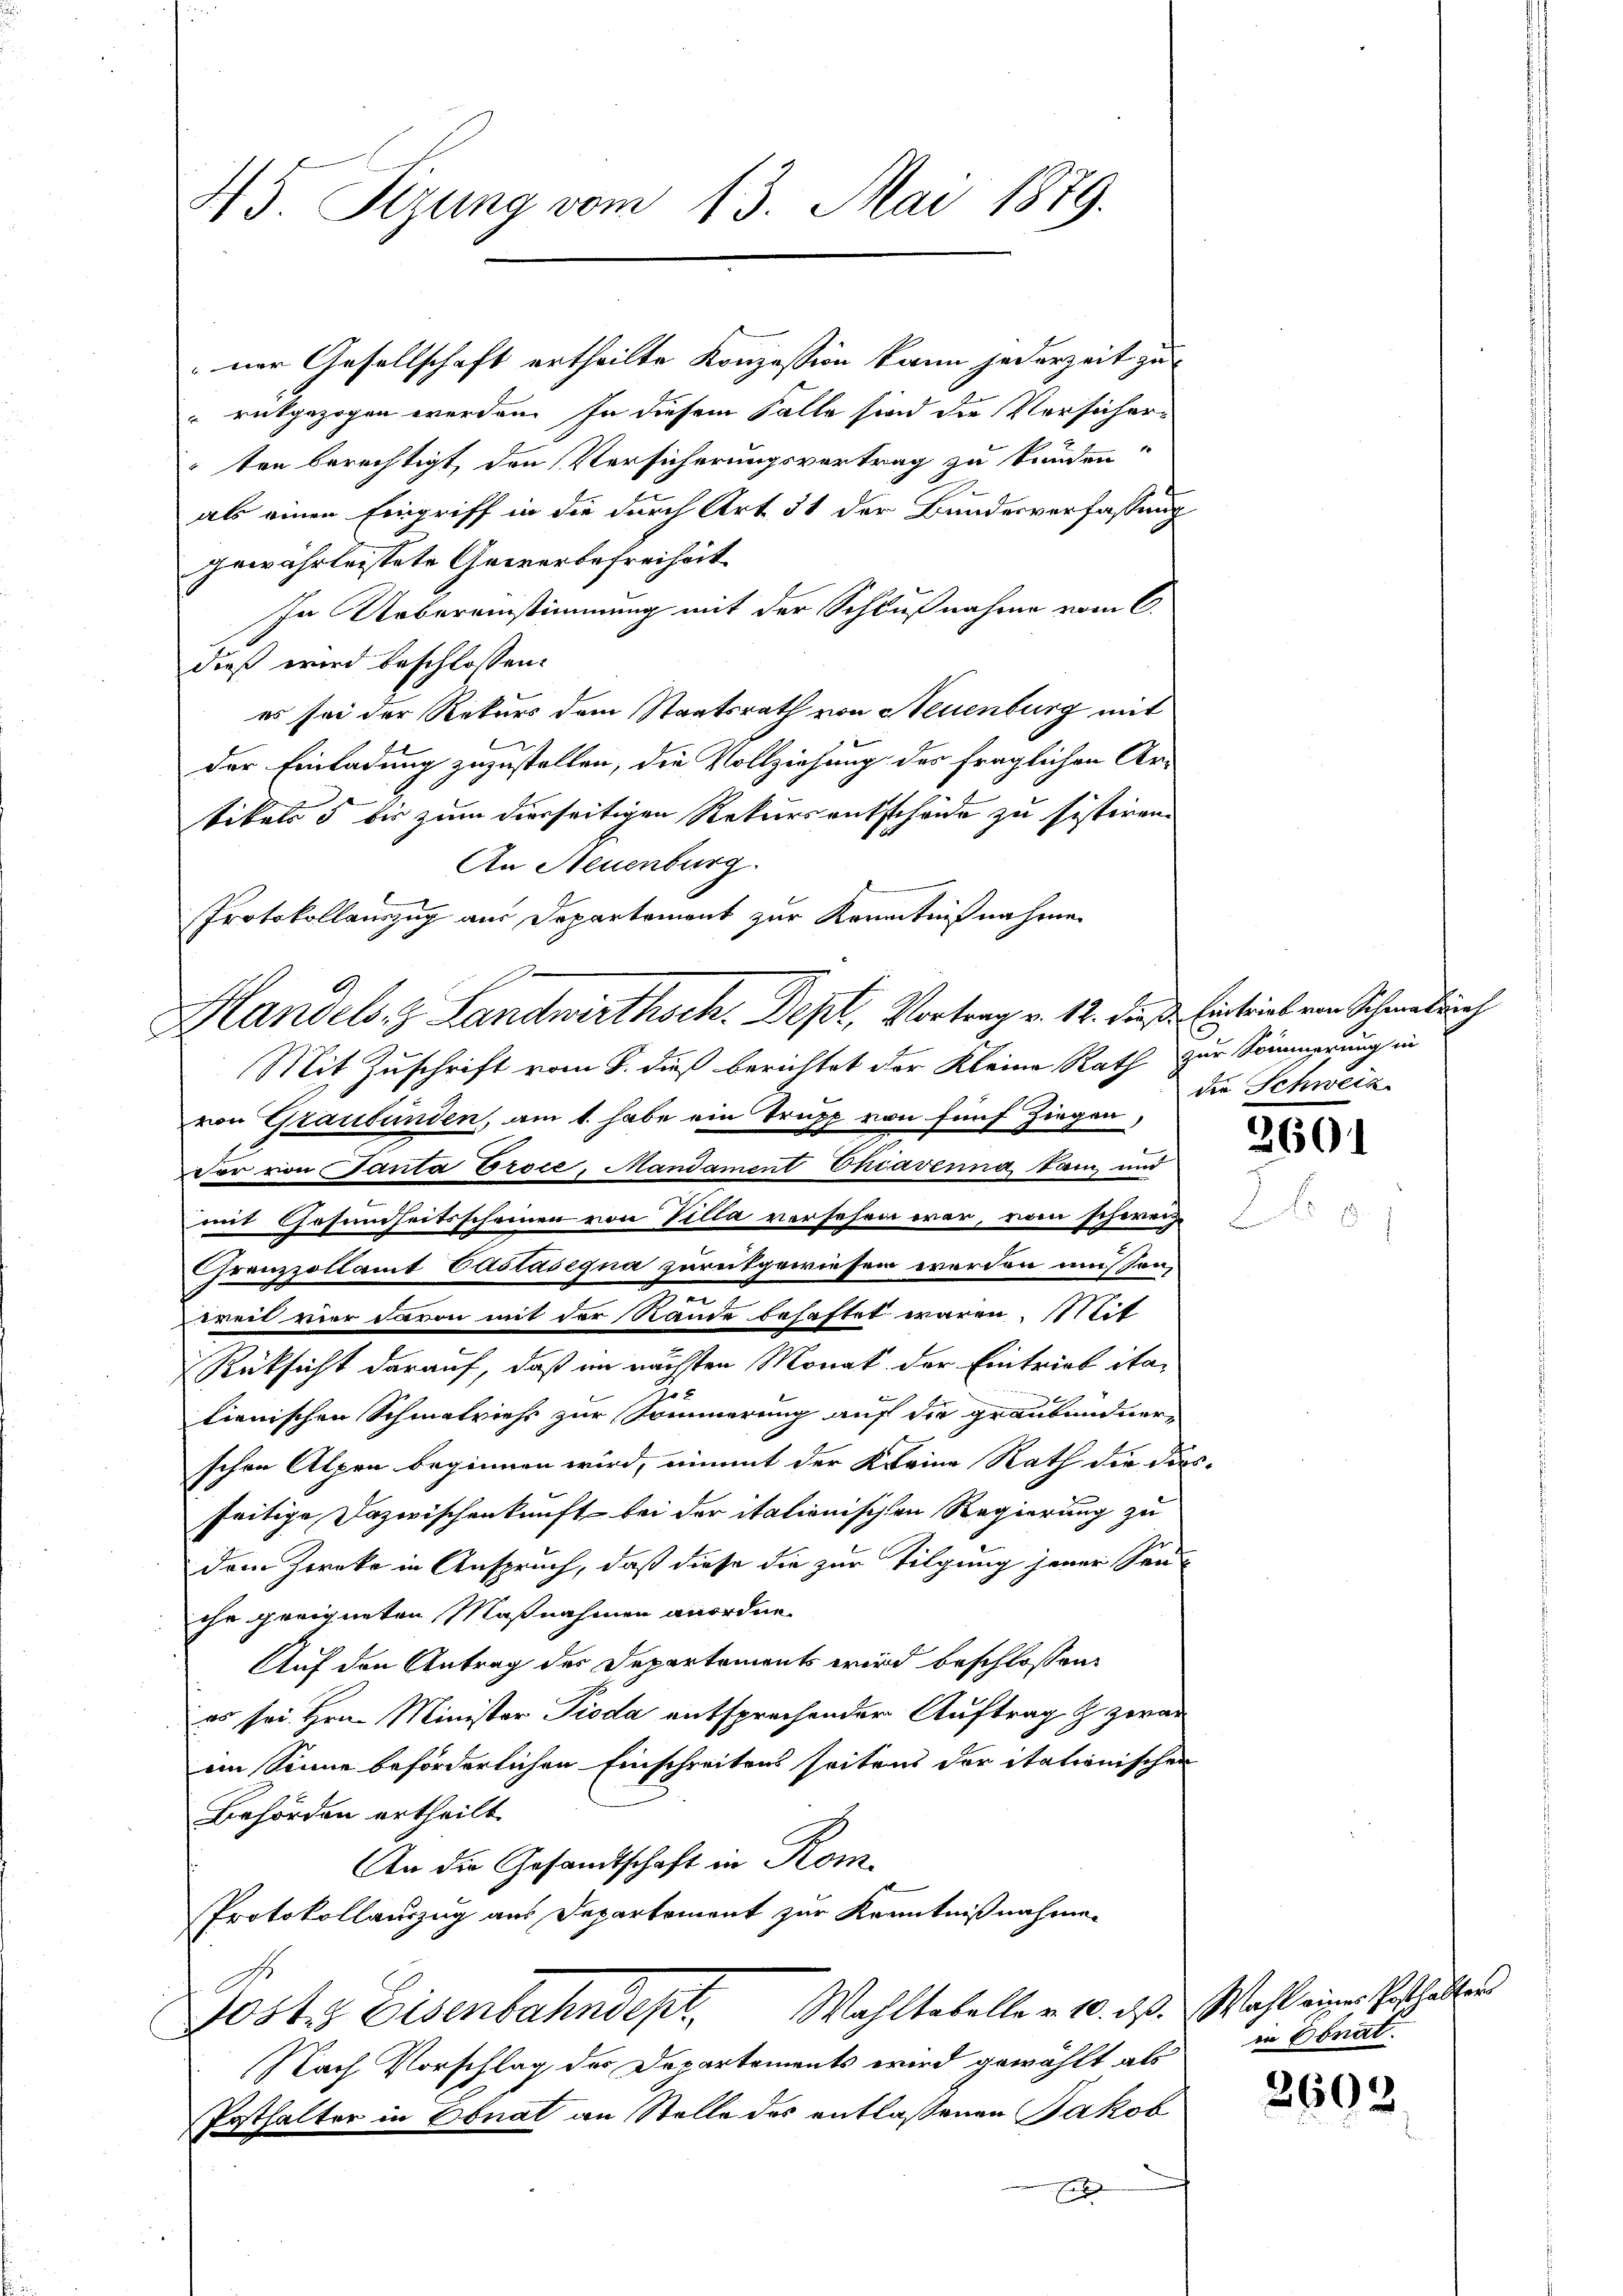
45. Sizung vom 13. Mai 1879.

rückgezogen werden. In diesem Falle sind die Versicherten berechtigt, den Versicherungsvertrag zu kunden.
als einen Eingriff in die durch Art. 51 der Bundesverfassung
gewährleistete Gewerbefreiheit
In Uebereinstimmung mit der Schlußnahme vom 6.
dieß wird beschlossen:
es sei der Rekurs dem Staatsrath von Neuenburg mit
der Einladung zuzustellen, die Vollziehung des fraglichen Ar-
tikels 5 bis zum dierseitigen Rekursentscheide zu sistiren.
An Neuenburg.
Protokollauszug aus Departement zur Kenntnißnahme
Mit Zuschrift vom 8. dieß berichtet der Kleine Rath zur Sommerung in
von Graubünden, am 1. habe ein Trupp von fünf Ziegen,
Vor von Ganta Broce, Mandament Chiavenna kam und
mit Gesundheitsscheinen von Villa versehen war, vom schweiz.
Frenzzollamt Vastasegna zurükgewiesen worden müssen,
n
weil vier davon mit der Rande behaftet waren. Mit
Rüksicht darauf, daß im nächsten Monat der Eintrieb ita¬
25
lienischen Schmalviehs zur Sommerung auf die graubündner-
schen Alpen beginnen wird, eimmt der Kleine Rath die dies-
seitige Dazwischenkunft bei der italionischen Regierung zu
dem Zwecke in Anspruch, daß diese die zur Tilgung jener Sen-
ihr geeigneten Maßnahmen anordne.
Auf den Antrag des Departements wird beschlossen:
es sei Hrn. Minister Pioda entsprechender Auftrag & zwar
im Sinne beförderlichen Einschreitens seitens der itationischen
Behörden ertheilt.
An die Gesandtschaft in Kom¬
Protokollauszug aus Departement zur Kenntnißnahmen
Josts Eisenbahndept. Wahltabelle v. 10. ds. Wahl einer Posthalten
Nach Vorschlag der Departements wird gewählt als
Posthalter in Bonat an Stelle des entlassenen Jakob

ner Gesellschaft ertheilte Konzession kann jederzeit zu

Handels- & Landwirthsch. Depl, Vortrag v. 12. diese Eintrieb von Schwederh

die Schweiz

2601

in Bonat.

2693.